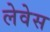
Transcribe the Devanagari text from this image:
लेवेस